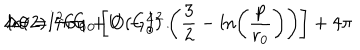
\Delta \theta = 4 \pi G _ { 0 } \left[ U - I ^ { 2 } \left( \frac { 3 } { 2 } - \ln \left( \frac { p } { r _ { 0 } } \right) \right) \right] + 4 \pi \hspace { 0 . 1 c m } \ln ( 2 ) I ^ { 2 } G _ { 0 } + O ( G _ { 0 } ^ { 2 } ) \, .